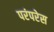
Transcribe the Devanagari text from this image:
परंपरेस